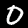
Label: 0